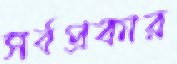
সর্বপ্রকার